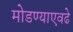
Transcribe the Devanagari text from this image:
मोडण्याएवढे